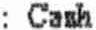
: CASH